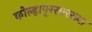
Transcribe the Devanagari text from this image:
कोल्हापूरसारख्या